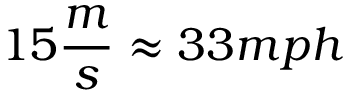
1 5 \frac { m } { s } \approx 3 3 m p h